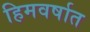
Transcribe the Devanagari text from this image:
हिमवर्षात